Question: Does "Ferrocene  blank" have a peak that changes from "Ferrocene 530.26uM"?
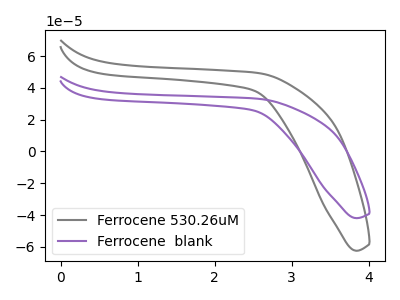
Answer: <think>The gray curve "Ferrocene 530.26uM" has no peaks. The purple curve "Ferrocene  blank" has no peaks.
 Neither "Ferrocene  blank" or "Ferrocene 530.26uM" have any peaks.</think>
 <answer>No, "Ferrocene  blank" and "Ferrocene 530.26uM" don't appear to be significantly different in shape</answer>
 <eval>no_change</eval>